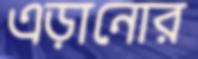
এড়ানোর